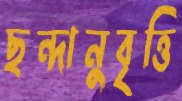
ছন্দানুবৃত্তি